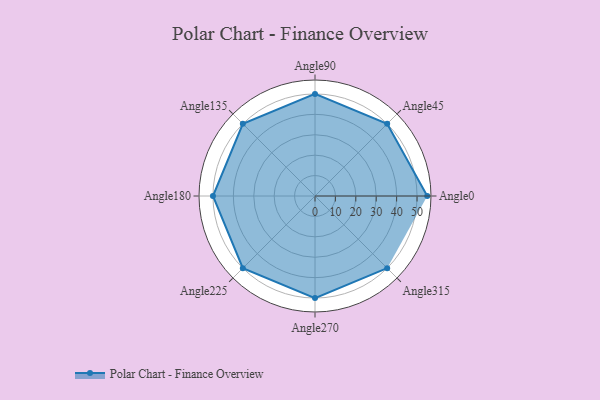
{"axis": {"x": "Angle", "y": "Radius"}, "legend": [""], "data": [{"x": "Angle0", "y": 55.0, "type": ""}, {"x": "Angle45", "y": 50, "type": ""}, {"x": "Angle90", "y": 50, "type": ""}, {"x": "Angle135", "y": 50, "type": ""}, {"x": "Angle180", "y": 50, "type": ""}, {"x": "Angle225", "y": 50, "type": ""}, {"x": "Angle270", "y": 50, "type": ""}, {"x": "Angle315", "y": 50, "type": ""}]}